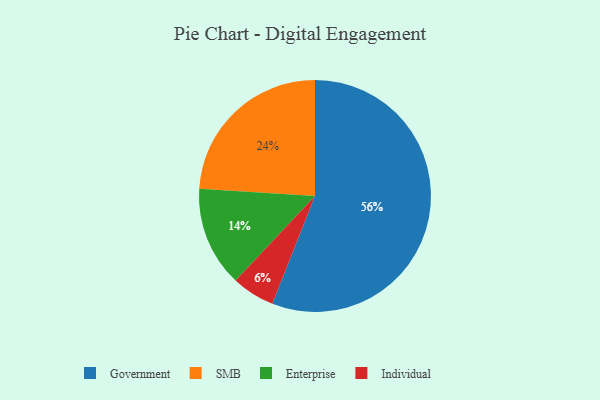
{"axis": {"x": "Category", "y": "Percentage"}, "legend": ["Enterprise", "Government", "Individual", "SMB"], "data": [{"x": "Enterprise", "y": 14, "type": "Enterprise"}, {"x": "SMB", "y": 24, "type": "SMB"}, {"x": "Individual", "y": 6, "type": "Individual"}, {"x": "Government", "y": 56, "type": "Government"}]}